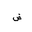
Letter: _dad